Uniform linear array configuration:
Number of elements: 64
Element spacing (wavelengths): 1
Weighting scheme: exponential
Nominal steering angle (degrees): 30
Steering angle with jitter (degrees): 30.659
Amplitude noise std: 0.05
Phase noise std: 0.05

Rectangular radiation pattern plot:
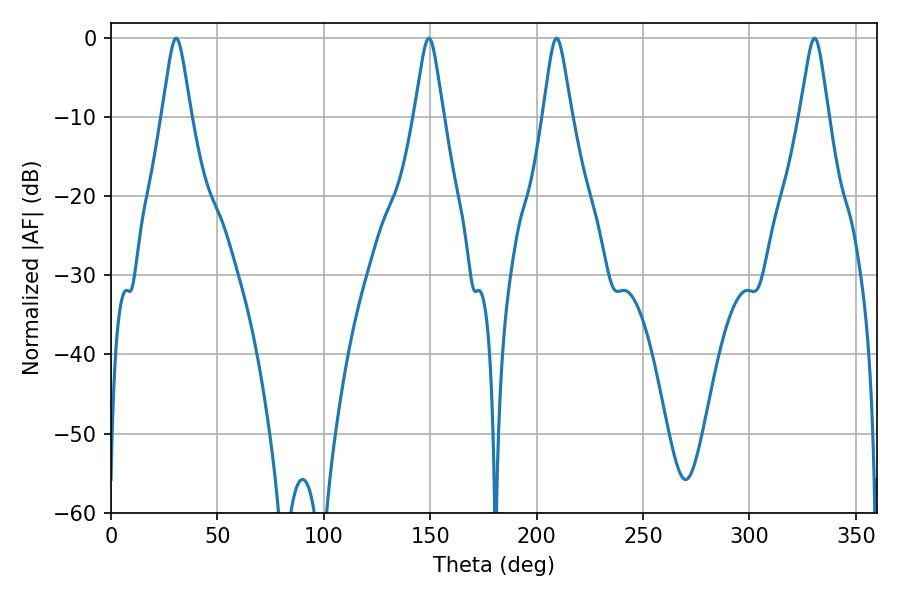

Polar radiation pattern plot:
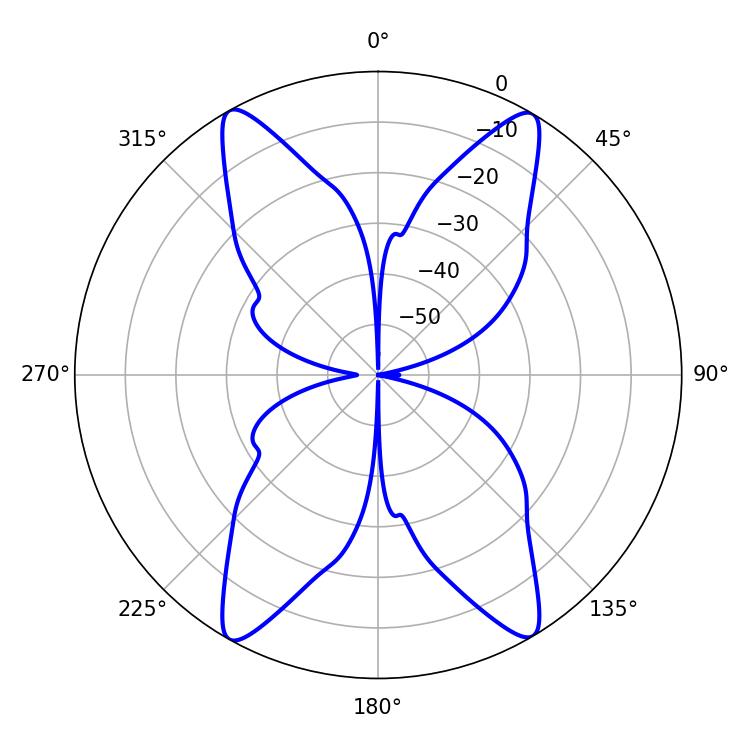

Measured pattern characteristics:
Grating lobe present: TRUE
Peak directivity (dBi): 24.81
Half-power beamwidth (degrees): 6.48
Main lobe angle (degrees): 30.6